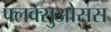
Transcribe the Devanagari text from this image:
फ्लक्सुओसस